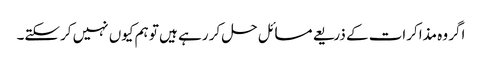
اگر وہ مذاکرات کے ذریعے مسائل حل کر رہے ہیں تو ہم کیوں نہیں کرسکتے۔